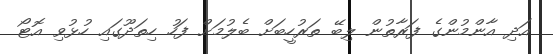
އަދި އާންމުންގެ ފަރާތުން ލިބޭ ތަރުހީބަށް ބެލުމަށް ފަހު ހިތަދޫގައި ހުޅުވި އޮޓޯ